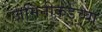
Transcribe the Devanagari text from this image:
जमिनीकडच्या